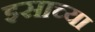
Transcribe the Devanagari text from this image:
इसाच्या